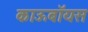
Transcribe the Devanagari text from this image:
काऊबॉयस